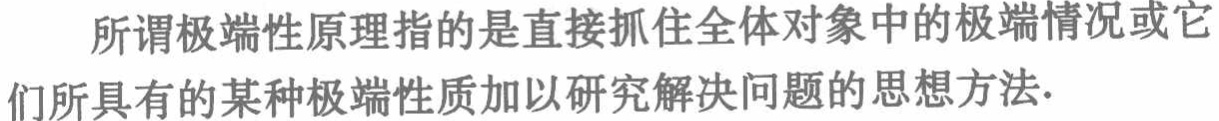
所谓极端性原理指的是直接抓住全体对象中的极端情况或它们所具有的某种极端性质加以研究解决问题的思想方法.